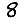
Digit: 8